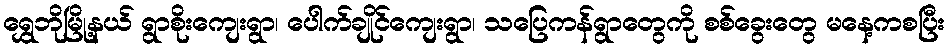
ရွှေဘိုမြို့နယ် ရွာစိုးကျေးရွာ၊ ပေါက်ချိုင်ကျေးရွာ၊ သပြေကန်ရွာတွေကို စစ်ခွေးတွေ မနေ့ကစပြီး